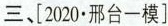
三、[2020·邢台一模]